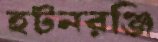
হটনরঞ্জি